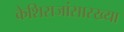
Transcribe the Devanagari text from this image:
केशिराजांसारख्या